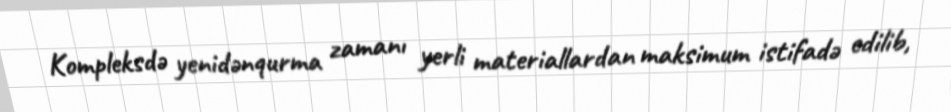
Kompleksdə yenidənqurma zamanı yerli materiallardan maksimum istifadə edilib,